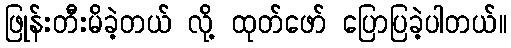
ဖြုန်းတီးမိခဲ့တယ် လို့ ထုတ်ဖော် ပြောပြခဲ့ပါတယ်။